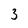
Character: 3